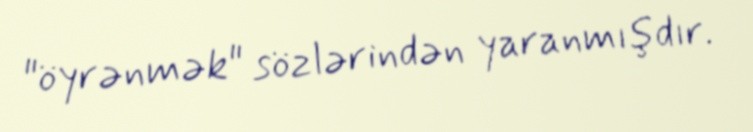
"öyrənmək" sözlərindən yaranmışdır.